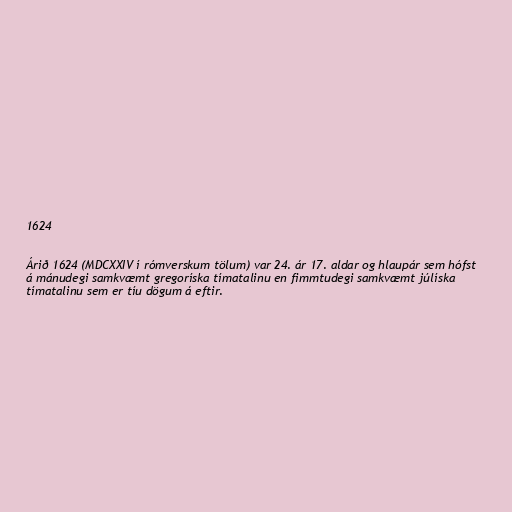
1624

Árið 1624 (MDCXXIV í rómverskum tölum) var 24. ár 17. aldar og hlaupár sem hófst
á mánudegi samkvæmt gregoríska tímatalinu en fimmtudegi samkvæmt júlíska
tímatalinu sem er tíu dögum á eftir.